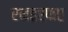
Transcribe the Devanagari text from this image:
एनइएफए